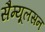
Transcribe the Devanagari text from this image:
सैम्यूलसन